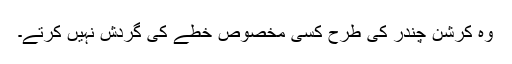
وہ کرشن چندر کی طرح کسی مخصوص خطے کی گردش نہیں کرتے۔